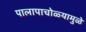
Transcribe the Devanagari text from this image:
पालापाचोळ्यामुळे